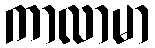
ကာလာမာ